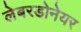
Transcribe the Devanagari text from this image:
लेबरडोनेयर